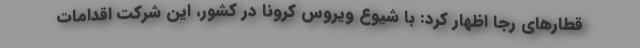
قطارهای رجا اظهار کرد: با شیوع ویروس کرونا در کشور، این شرکت اقدامات